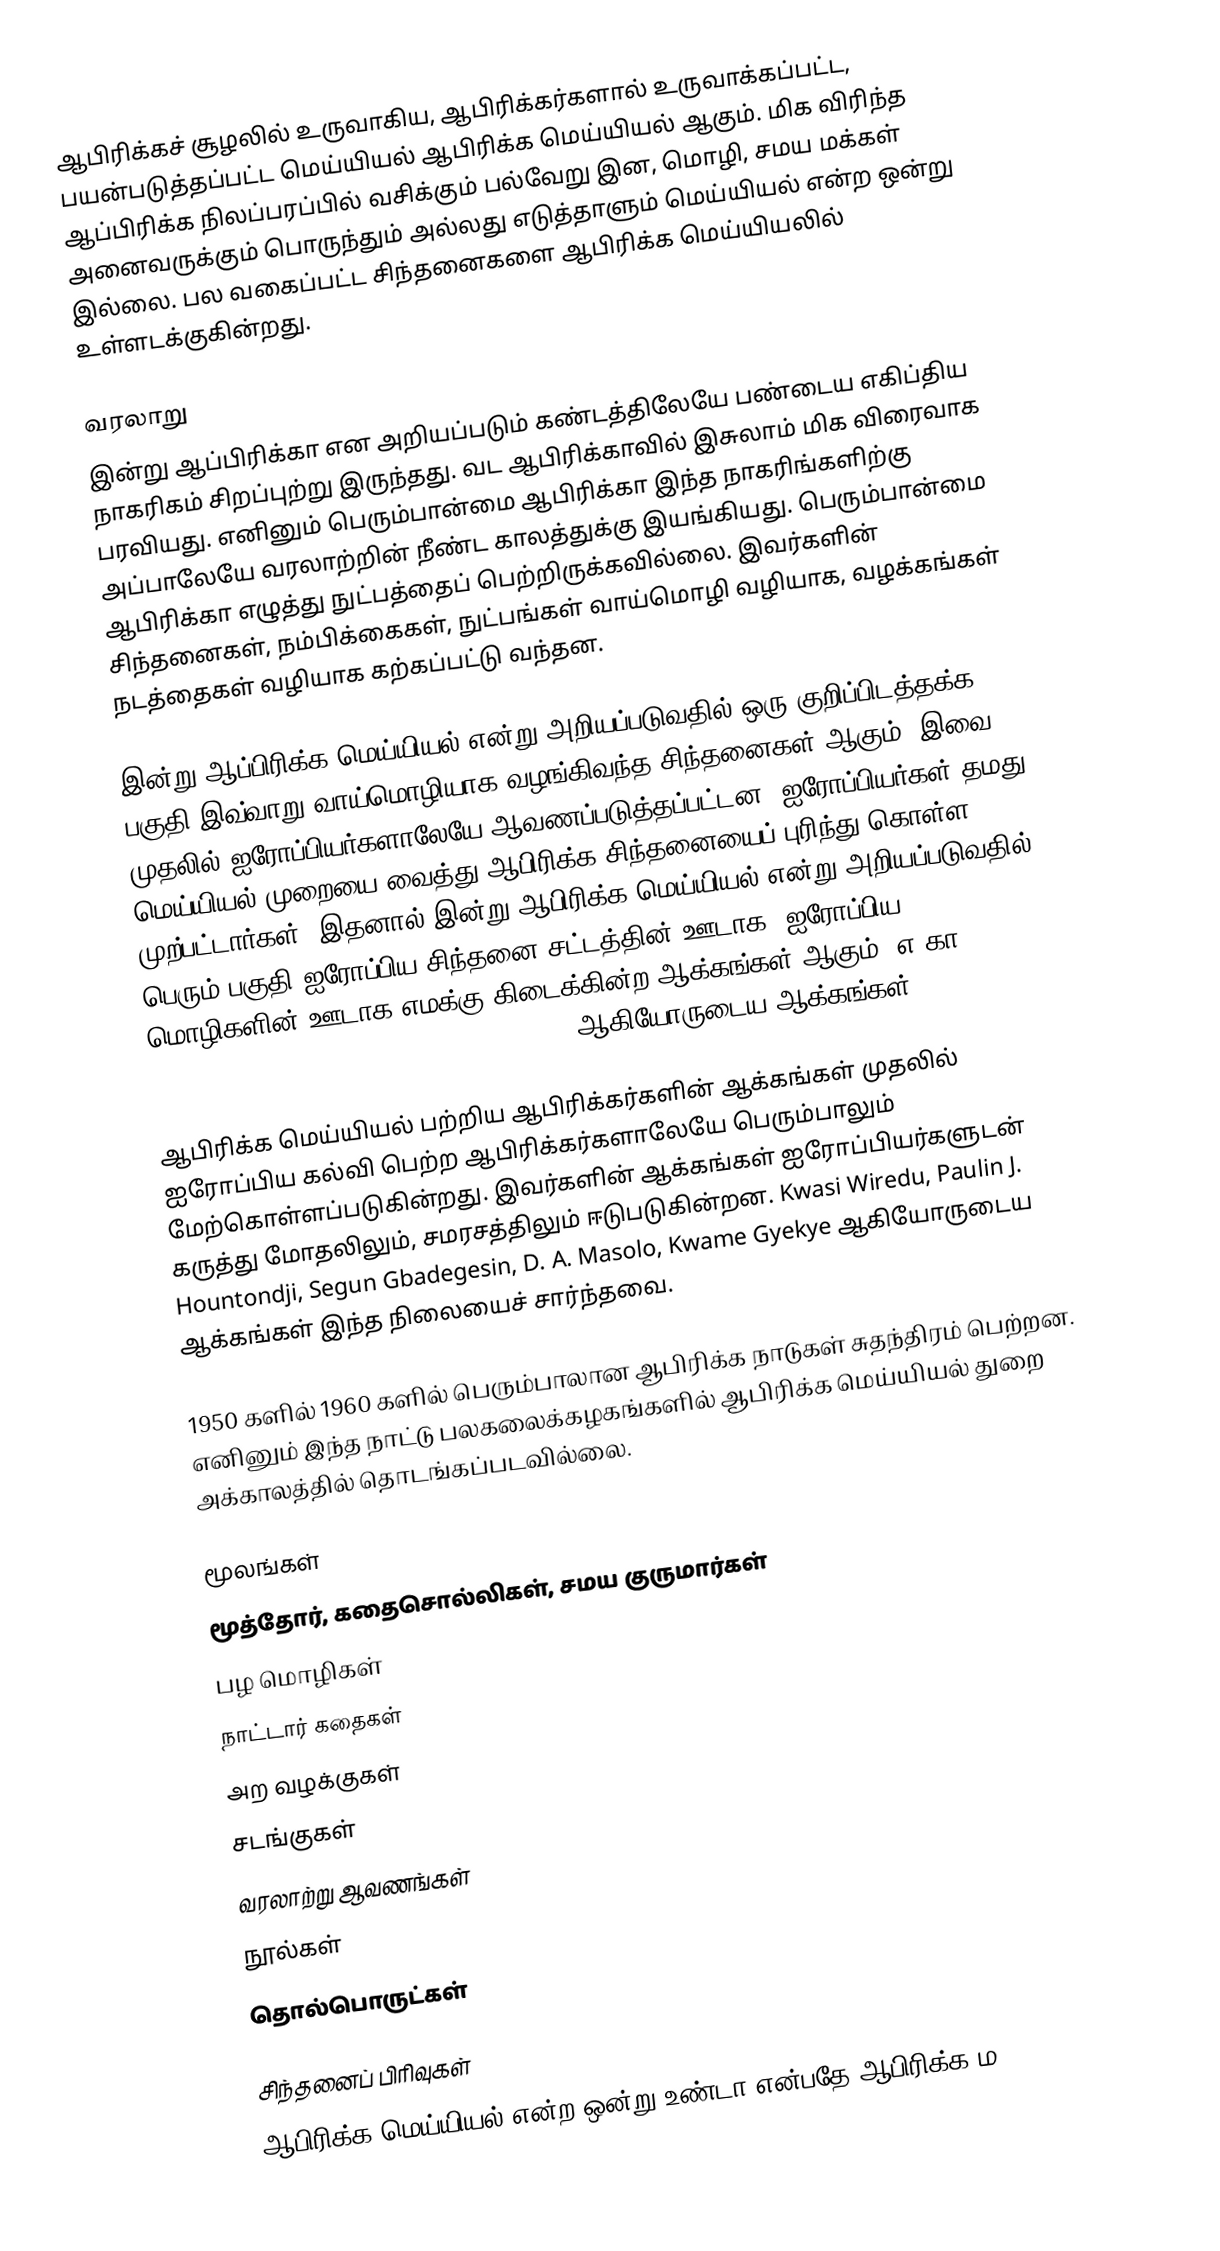
ஆபிரிக்கச் சூழலில் உருவாகிய, ஆபிரிக்கர்களால் உருவாக்கப்பட்ட, பயன்படுத்தப்பட்ட மெய்யியல் ஆபிரிக்க மெய்யியல் ஆகும்.  மிக விரிந்த ஆப்பிரிக்க நிலப்பரப்பில் வசிக்கும் பல்வேறு இன, மொழி, சமய மக்கள் அனைவருக்கும் பொருந்தும் அல்லது எடுத்தாளும் மெய்யியல் என்ற ஒன்று இல்லை.  பல வகைப்பட்ட சிந்தனைகளை ஆபிரிக்க மெய்யியலில் உள்ளடக்குகின்றது.

வரலாறு
இன்று ஆப்பிரிக்கா என அறியப்படும் கண்டத்திலேயே பண்டைய எகிப்திய நாகரிகம் சிறப்புற்று இருந்தது.  வட ஆபிரிக்காவில் இசுலாம் மிக விரைவாக பரவியது.  எனினும் பெரும்பான்மை ஆபிரிக்கா இந்த நாகரிங்களிற்கு அப்பாலேயே வரலாற்றின் நீண்ட காலத்துக்கு இயங்கியது.  பெரும்பான்மை ஆபிரிக்கா எழுத்து நுட்பத்தைப் பெற்றிருக்கவில்லை.  இவர்களின் சிந்தனைகள், நம்பிக்கைகள், நுட்பங்கள் வாய்மொழி வழியாக, வழக்கங்கள் நடத்தைகள் வழியாக கற்கப்பட்டு வந்தன.

இன்று ஆப்பிரிக்க மெய்யியல் என்று அறியப்படுவதில் ஒரு குறிப்பிடத்தக்க பகுதி இவ்வாறு வாய்மொழியாக வழங்கிவந்த சிந்தனைகள் ஆகும்.  இவை முதலில் ஐரோப்பியர்களாலேயே ஆவணப்படுத்தப்பட்டன.  ஐரோப்பியர்கள் தமது மெய்யியல் முறையை வைத்து ஆபிரிக்க சிந்தனையைப் புரிந்து கொள்ள முற்பட்டார்கள்.  இதனால் இன்று ஆபிரிக்க மெய்யியல் என்று அறியப்படுவதில் பெரும் பகுதி ஐரோப்பிய சிந்தனை சட்டத்தின் ஊடாக, ஐரோப்பிய மொழிகளின் ஊடாக எமக்கு கிடைக்கின்ற ஆக்கங்கள் ஆகும். எ.கா Placide Tempels, Lucien Lévy-Bruhl, Marcel Griaule ஆகியோருடைய ஆக்கங்கள்.

ஆபிரிக்க மெய்யியல் பற்றிய ஆபிரிக்கர்களின் ஆக்கங்கள் முதலில் ஐரோப்பிய கல்வி பெற்ற ஆபிரிக்கர்களாலேயே பெரும்பாலும் மேற்கொள்ளப்படுகின்றது.  இவர்களின் ஆக்கங்கள் ஐரோப்பியர்களுடன் கருத்து மோதலிலும்,  சமரசத்திலும் ஈடுபடுகின்றன.  Kwasi Wiredu, Paulin J. Hountondji, Segun Gbadegesin, D. A. Masolo, Kwame Gyekye ஆகியோருடைய ஆக்கங்கள் இந்த நிலையைச் சார்ந்தவை.

1950 களில் 1960 களில் பெரும்பாலான ஆபிரிக்க நாடுகள் சுதந்திரம் பெற்றன.  எனினும் இந்த நாட்டு பலகலைக்கழகங்களில் ஆபிரிக்க மெய்யியல் துறை அக்காலத்தில் தொடங்கப்படவில்லை.

மூலங்கள்
 மூத்தோர், கதைசொல்லிகள், சமய குருமார்கள்
 பழ மொழிகள்
 நாட்டார் கதைகள்
 அற வழக்குகள்
 சடங்குகள்
 வரலாற்று ஆவணங்கள்
 நூல்கள்
 தொல்பொருட்கள்

சிந்தனைப் பிரிவுகள்
ஆபிரிக்க மெய்யியல் என்ற ஒன்று உண்டா என்பதே ஆபிரிக்க ம